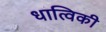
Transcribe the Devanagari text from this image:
धात्विकी